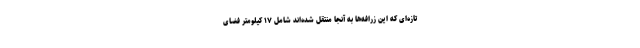
تازه‌ای که این زرافه‌ها به آنجا منتقل شده‌اند شامل ۱۷ کیلومتر فضای